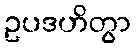
ဥပဒဟိတွာ